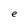
Character: e